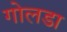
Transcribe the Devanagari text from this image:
गोलडा